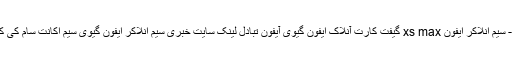
جستجو - تگ - سیم انلاکر ایفون xs max گیفت کارت آنلاک ایفون گیوی آیفون تبادل لینک سایت خبری سیم انلاکر ایفون گیوی سیم اکانت سام کی کردیت سام کی